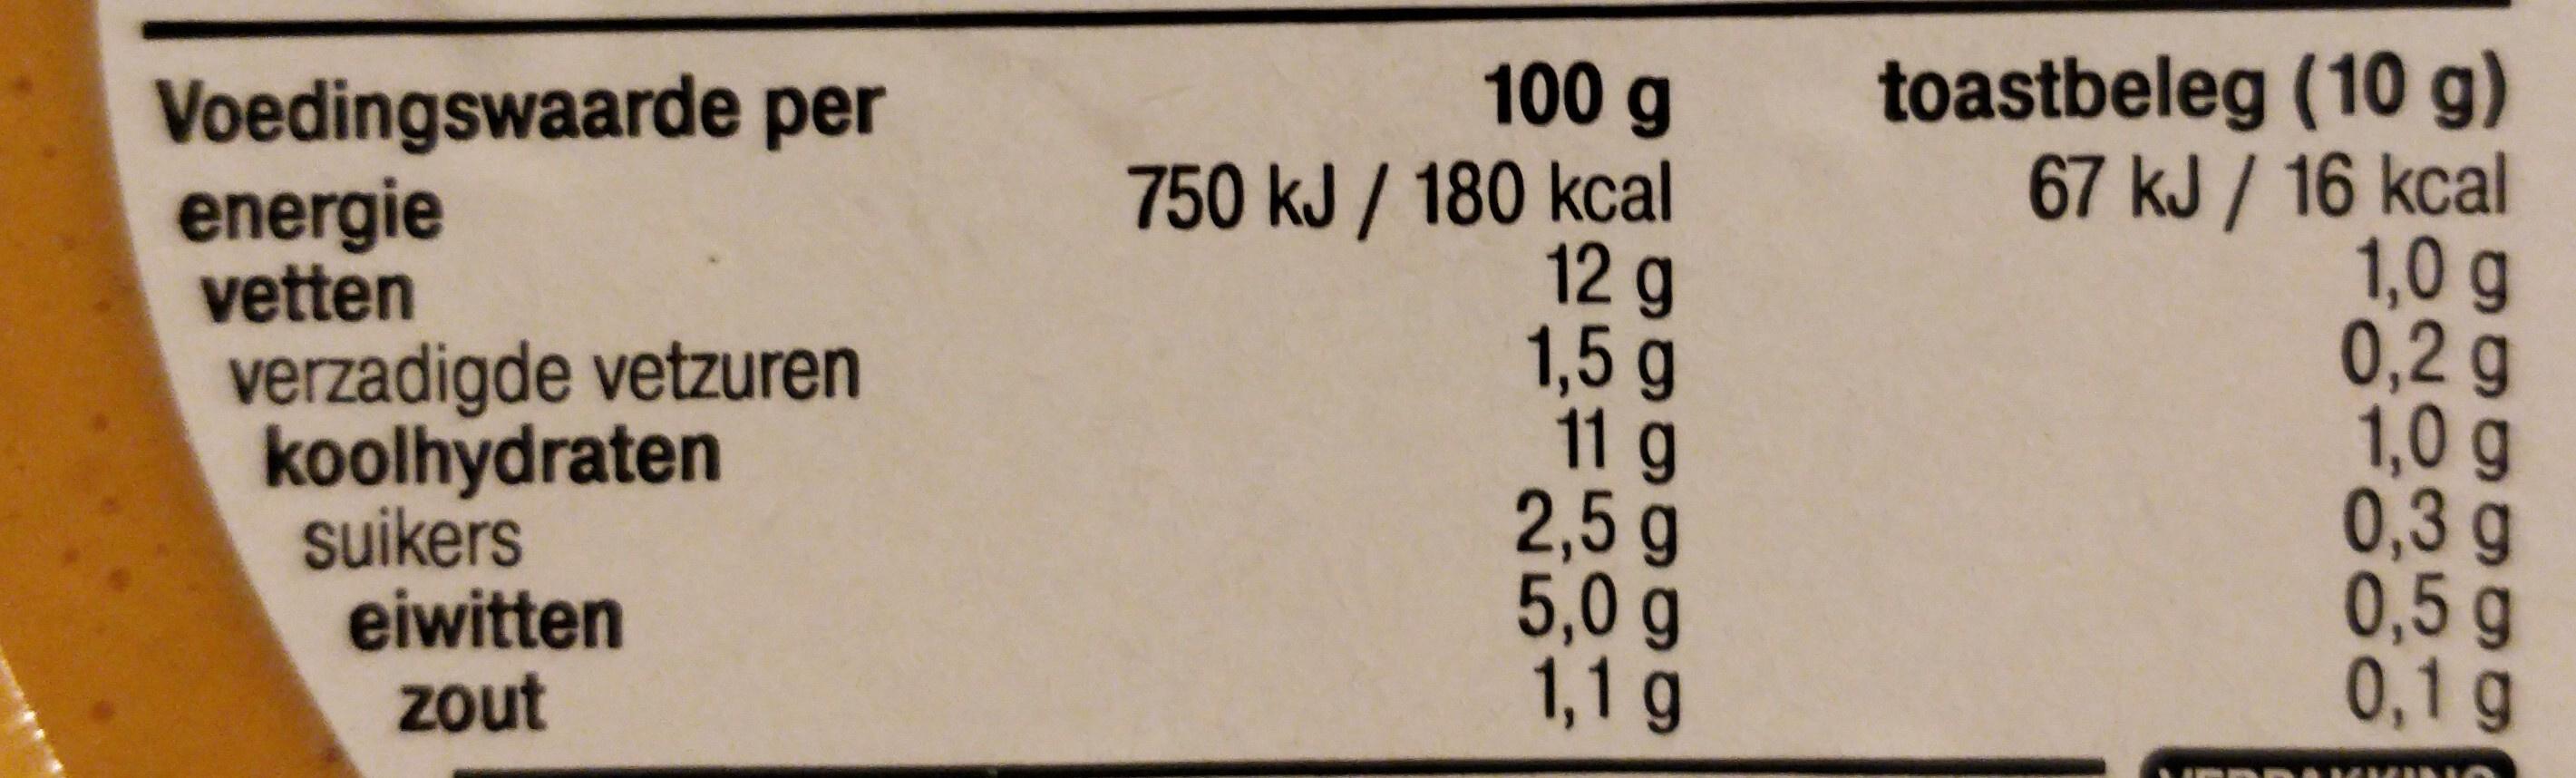
toastbeleg (10 g) 67 kJ / 16 kcal 1,0 g 0,2g 1,0 g 0,3g 0,5 g 0,1g 100 g Voedingswaarde per energie vetten verzadigde vetzuren koolhydraten suikers eiwitten zout 750 kJ / 180 kcal 12 g 1,5g 11 g 2,5 g 5,0 g 1,1 g